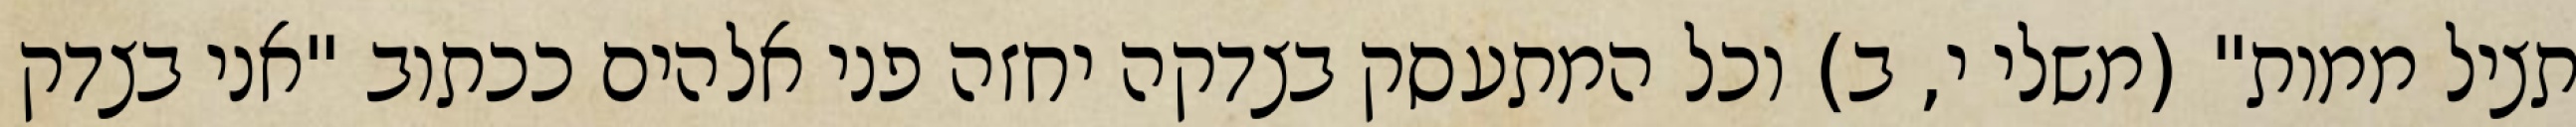
תציל ממות" (משלי י, ב) וכל המתעסק בצדקה יחזה פני אלהים ככתוב "אני בצדק